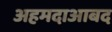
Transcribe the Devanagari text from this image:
अहमदाआबद